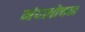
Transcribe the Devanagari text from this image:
मंदलोचन